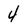
Character: 4